Civil Veterinary Department Bengal reports 1923-33 - 1923-1933
Year: 1923
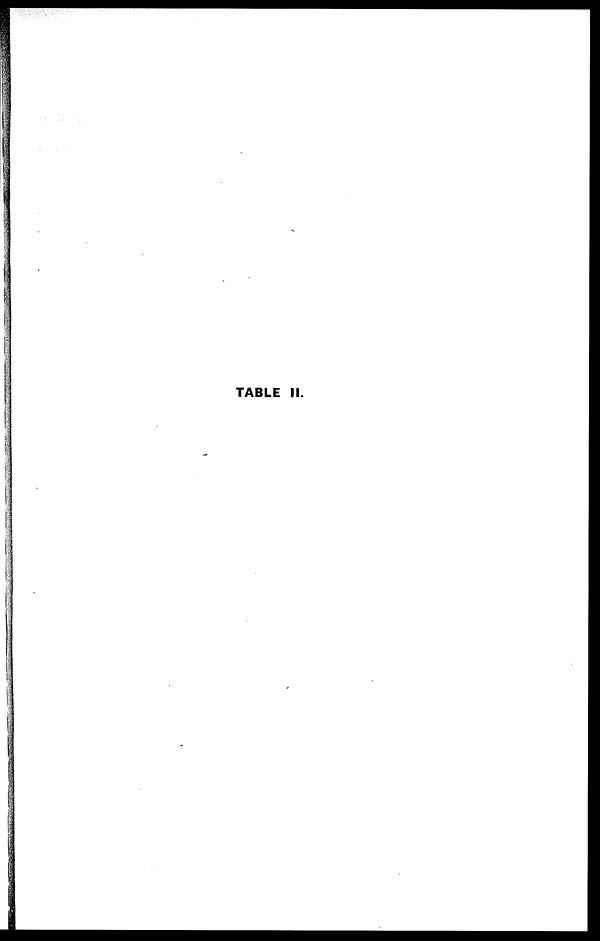
TABLE II.